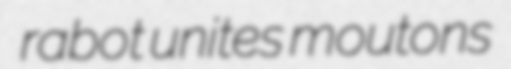
rabot unites moutons